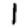
Digit: 1